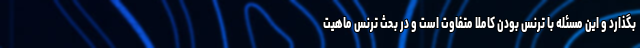
بگذارد و این مسئله با ترنس بودن کاملا متفاوت است و در بحث ترنس ماهیت